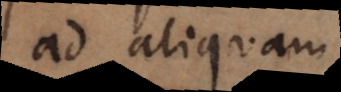
ad aliquam